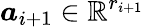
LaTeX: \boldsymbol{a}_{i+1}\in\mathbb{R}^{r_{i+1}}